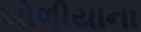
ખોળીયાના